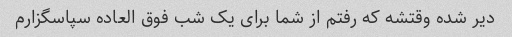
دیر شده وقتشه که رفتم از شما برای یک شب فوق العاده سپاسگزارم